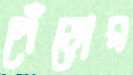
পেঁড়োর